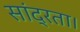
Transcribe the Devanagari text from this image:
सांद्रता।